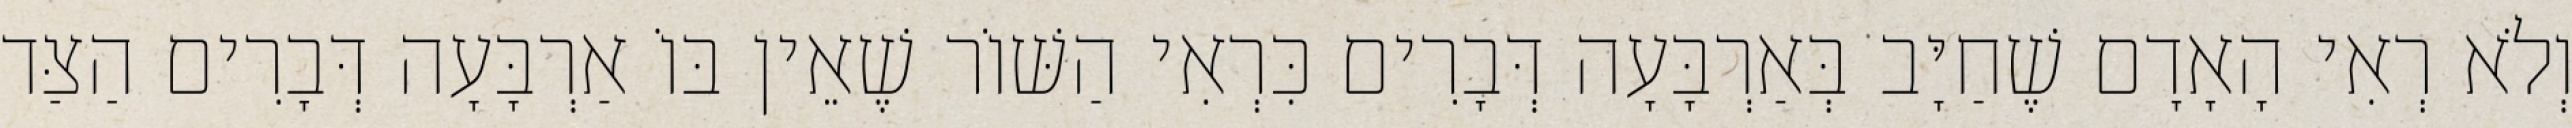
וְלֹא רְאִי הָאָדָם שֶׁחַיָּב בְּאַרְבָּעָה דְּבָרִים כִּרְאִי הַשּׁוֹר שֶׁאֵין בּוֹ אַרְבָּעָה דְּבָרִים הַצַּד